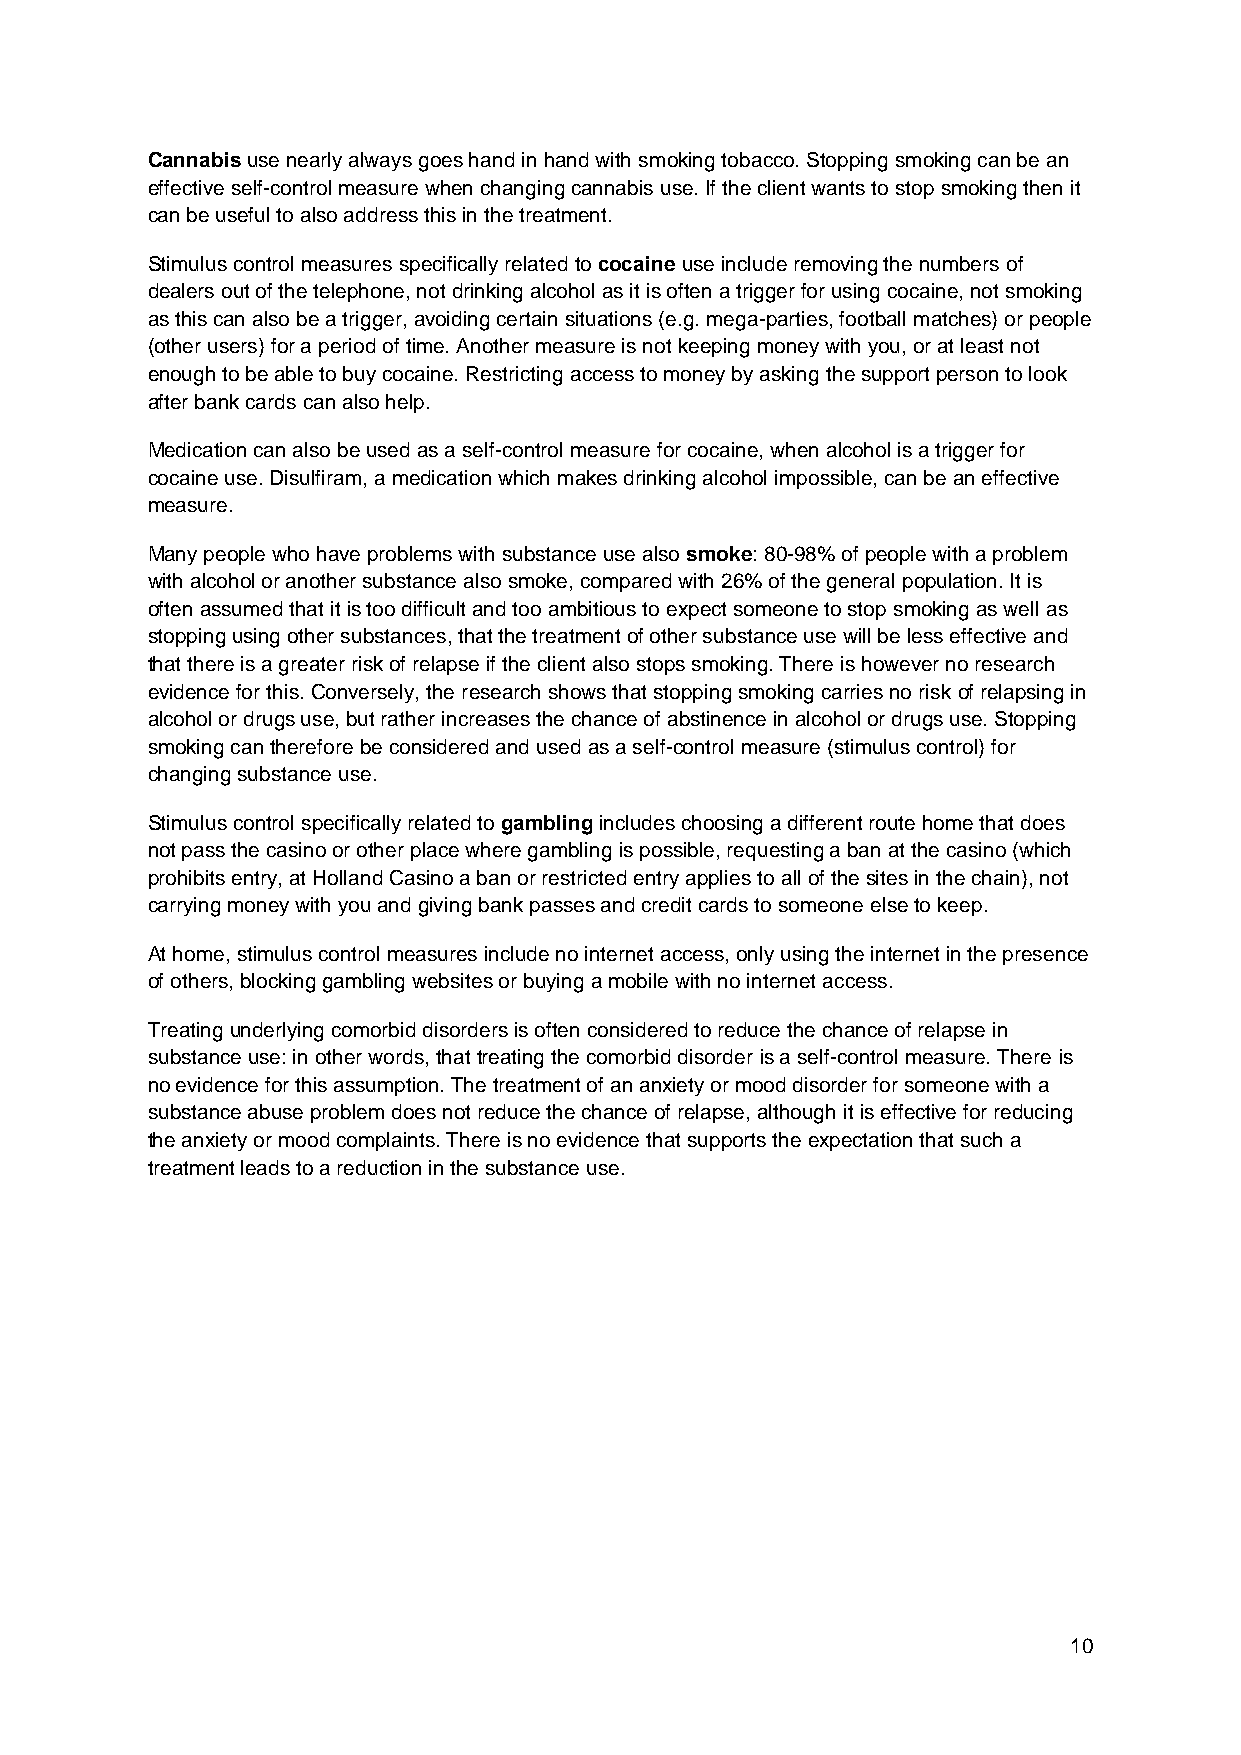
Cannabis use nearly always goes hand in hand with smoking tobacco. Stopping smoking can be an
 effective self-control measure when changing cannabis use. If the client wants to stop smoking then it
 can be useful to also address this in the treatment.
 Stimulus control measures specifically related to cocaine use include removing the numbers of
 dealers out of the telephone, not drinking alcohol as it is often a trigger for using cocaine, not smoking
 as this can also be a trigger, avoiding certain situations (e.g. mega-parties, football matches) or people
 (other users) for a period of time. Another measure is not keeping money with you, or at least not
 enough to be able to buy cocaine. Restricting access to money by asking the support person to look
 after bank cards can also help.
 Medication can also be used as a self-control measure for cocaine, when alcohol is a trigger for
 cocaine use. Disulfiram, a medication which makes drinking alcohol impossible, can be an effective
 measure.
 Many people who have problems with substance use also smoke: 80-98% of people with a problem
 with alcohol or another substance also smoke, compared with 26% of the general population. It is
 often assumed that it is too difficult and too ambitious to expect someone to stop smoking as well as
 stopping using other substances, that the treatment of other substance use will be less effective and
 that there is a greater risk of relapse if the client also stops smoking. There is however no research
 evidence for this. Conversely, the research shows that stopping smoking carries no risk of relapsing in
 alcohol or drugs use, but rather increases the chance of abstinence in alcohol or drugs use. Stopping
 smoking can therefore be considered and used as a self-control measure (stimulus control) for
 changing substance use.
 Stimulus control specifically related to gambling includes choosing a different route home that does
 not pass the casino or other place where gambling is possible, requesting a ban at the casino (which
 prohibits entry, at Holland Casino a ban or restricted entry applies to all of the sites in the chain), not
 carrying money with you and giving bank passes and credit cards to someone else to keep.
 At home, stimulus control measures include no internet access, only using the internet in the presence
 of others, blocking gambling websites or buying a mobile with no internet access.
 Treating underlying comorbid disorders is often considered to reduce the chance of relapse in
 substance use: in other words, that treating the comorbid disorder is a self-control measure. There is
 no evidence for this assumption. The treatment of an anxiety or mood disorder for someone with a
 substance abuse problem does not reduce the chance of relapse, although it is effective for reducing
 the anxiety or mood complaints. There is no evidence that supports the expectation that such a
 treatment leads to a reduction in the substance use.
 10